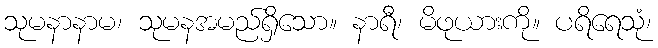
သုမနာနာမ၊ သုမနအမည်ရှိသော။ နာရီ၊ မိဖုယားကို။ ပရိရေသုံ၊